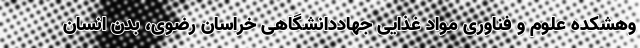
وهشکده علوم و فناوری مواد غذایی جهاددانشگاهی خراسان رضوی، بدن انسان